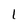
Character: 1